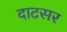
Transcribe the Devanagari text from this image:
दाटसर